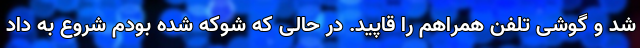
شد و گوشی تلفن همراهم را قاپید. در حالی که شوکه شده بودم شروع به داد